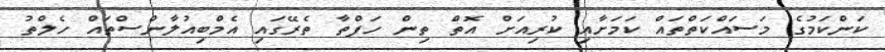
ކަންކަމުގެ މަސައްކަތްތައް ކަމަށާއި ކުރިއަށް އޮތް ތިން ހަފްތާ ތެރޭގައި އެމްބިއުލާންސްތައް ހެލްތު